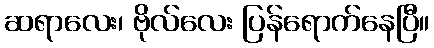
ဆရာလေး၊ ဗိုလ်လေး ပြန်ရောက်နေပြီ။